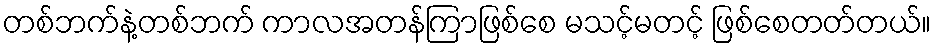
တစ်ဘက်နဲ့တစ်ဘက် ကာလအတန်ကြာဖြစ်စေ မသင့်မတင့် ဖြစ်စေတတ်တယ်။